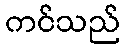
ကင်သည်